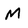
Character: M